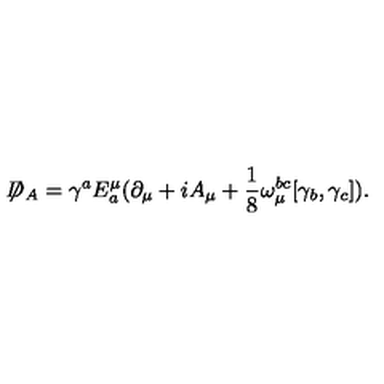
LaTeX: \not { \! \! D } _ { A } = \gamma ^ { a } E _ { a } ^ { \mu } ( \partial _ { \mu } + i A _ { \mu } + \frac { 1 } { 8 } \omega _ { \mu } ^ { b c } [ \gamma _ { b } , \gamma _ { c } ] ) .